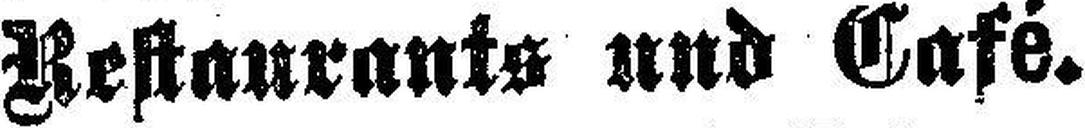
Restaurants und Café.